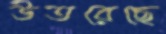
উতরেছে